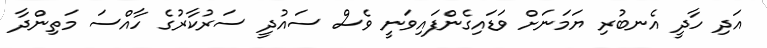
އަދި ހާދީ އެނބުރި ޔަމަނަށް ވަޑައިގެންފައިވަނީ ވެސް ސައުދީ ސަރުކާރުގެ ހާއްސަ މަތިންދާ